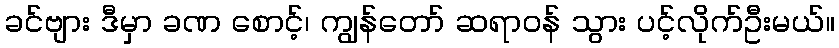
ခင်ဗျား ဒီမှာ ခဏ စောင့်၊ ကျွန်တော် ဆရာဝန် သွား ပင့်လိုက်ဦးမယ်။